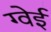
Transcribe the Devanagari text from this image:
ग्वेई